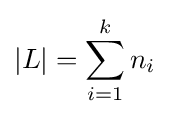
|L|=\sum _{i=1}^{k}n_{i}